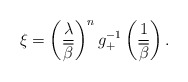
\begin{align*} \xi= \left ( \frac{\lambda}{\overline{\beta}}\right )^n g_+^{-1}\left ( \frac{1}{\overline{\beta}}\right). \end{align*}